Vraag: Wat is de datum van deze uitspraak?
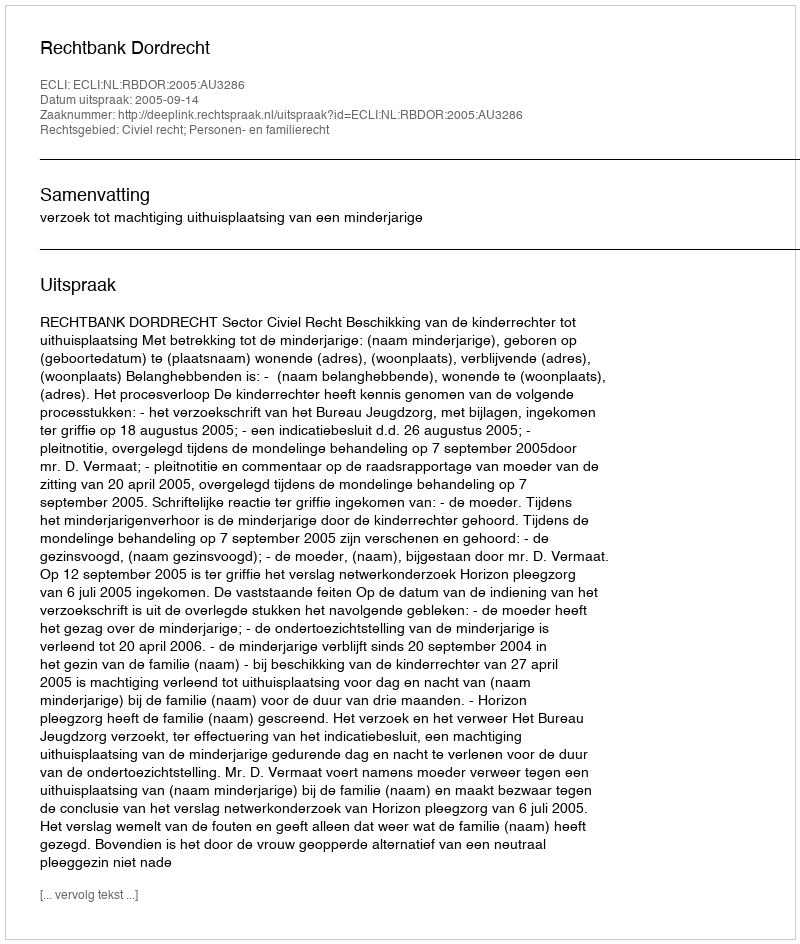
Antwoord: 2005-09-14